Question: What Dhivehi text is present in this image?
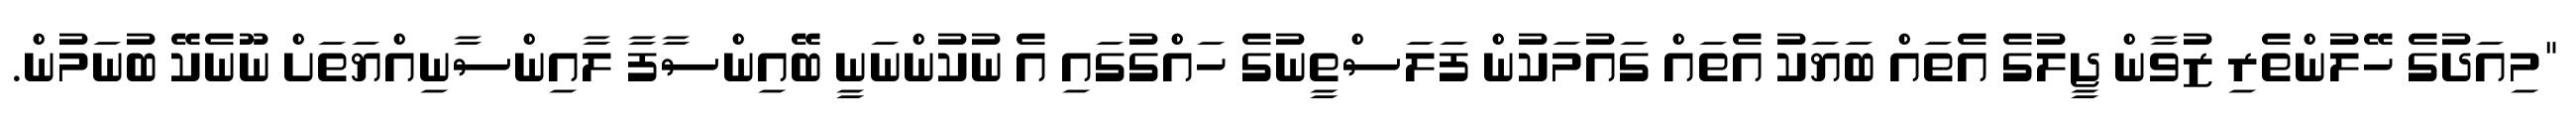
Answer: "މިއަދުގެ ހޭލުންތެރި ޒުވާން ޖީލުގެ އެތައް ބަޔަކު އެތައް ގައުމަކުން ފަލަސްތީނުގެ ހައްގުގައި އެ ނުކުންނަނީ ބޭއިންސާފާ ލާއިންސާނިއްޔަތަށް ނޫނެކޭ ބުނަމުން.